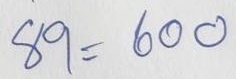
89 = 600